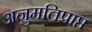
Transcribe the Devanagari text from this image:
अनुमतिप्राप्त